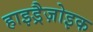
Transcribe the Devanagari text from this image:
हाइड्रैज़ोइक